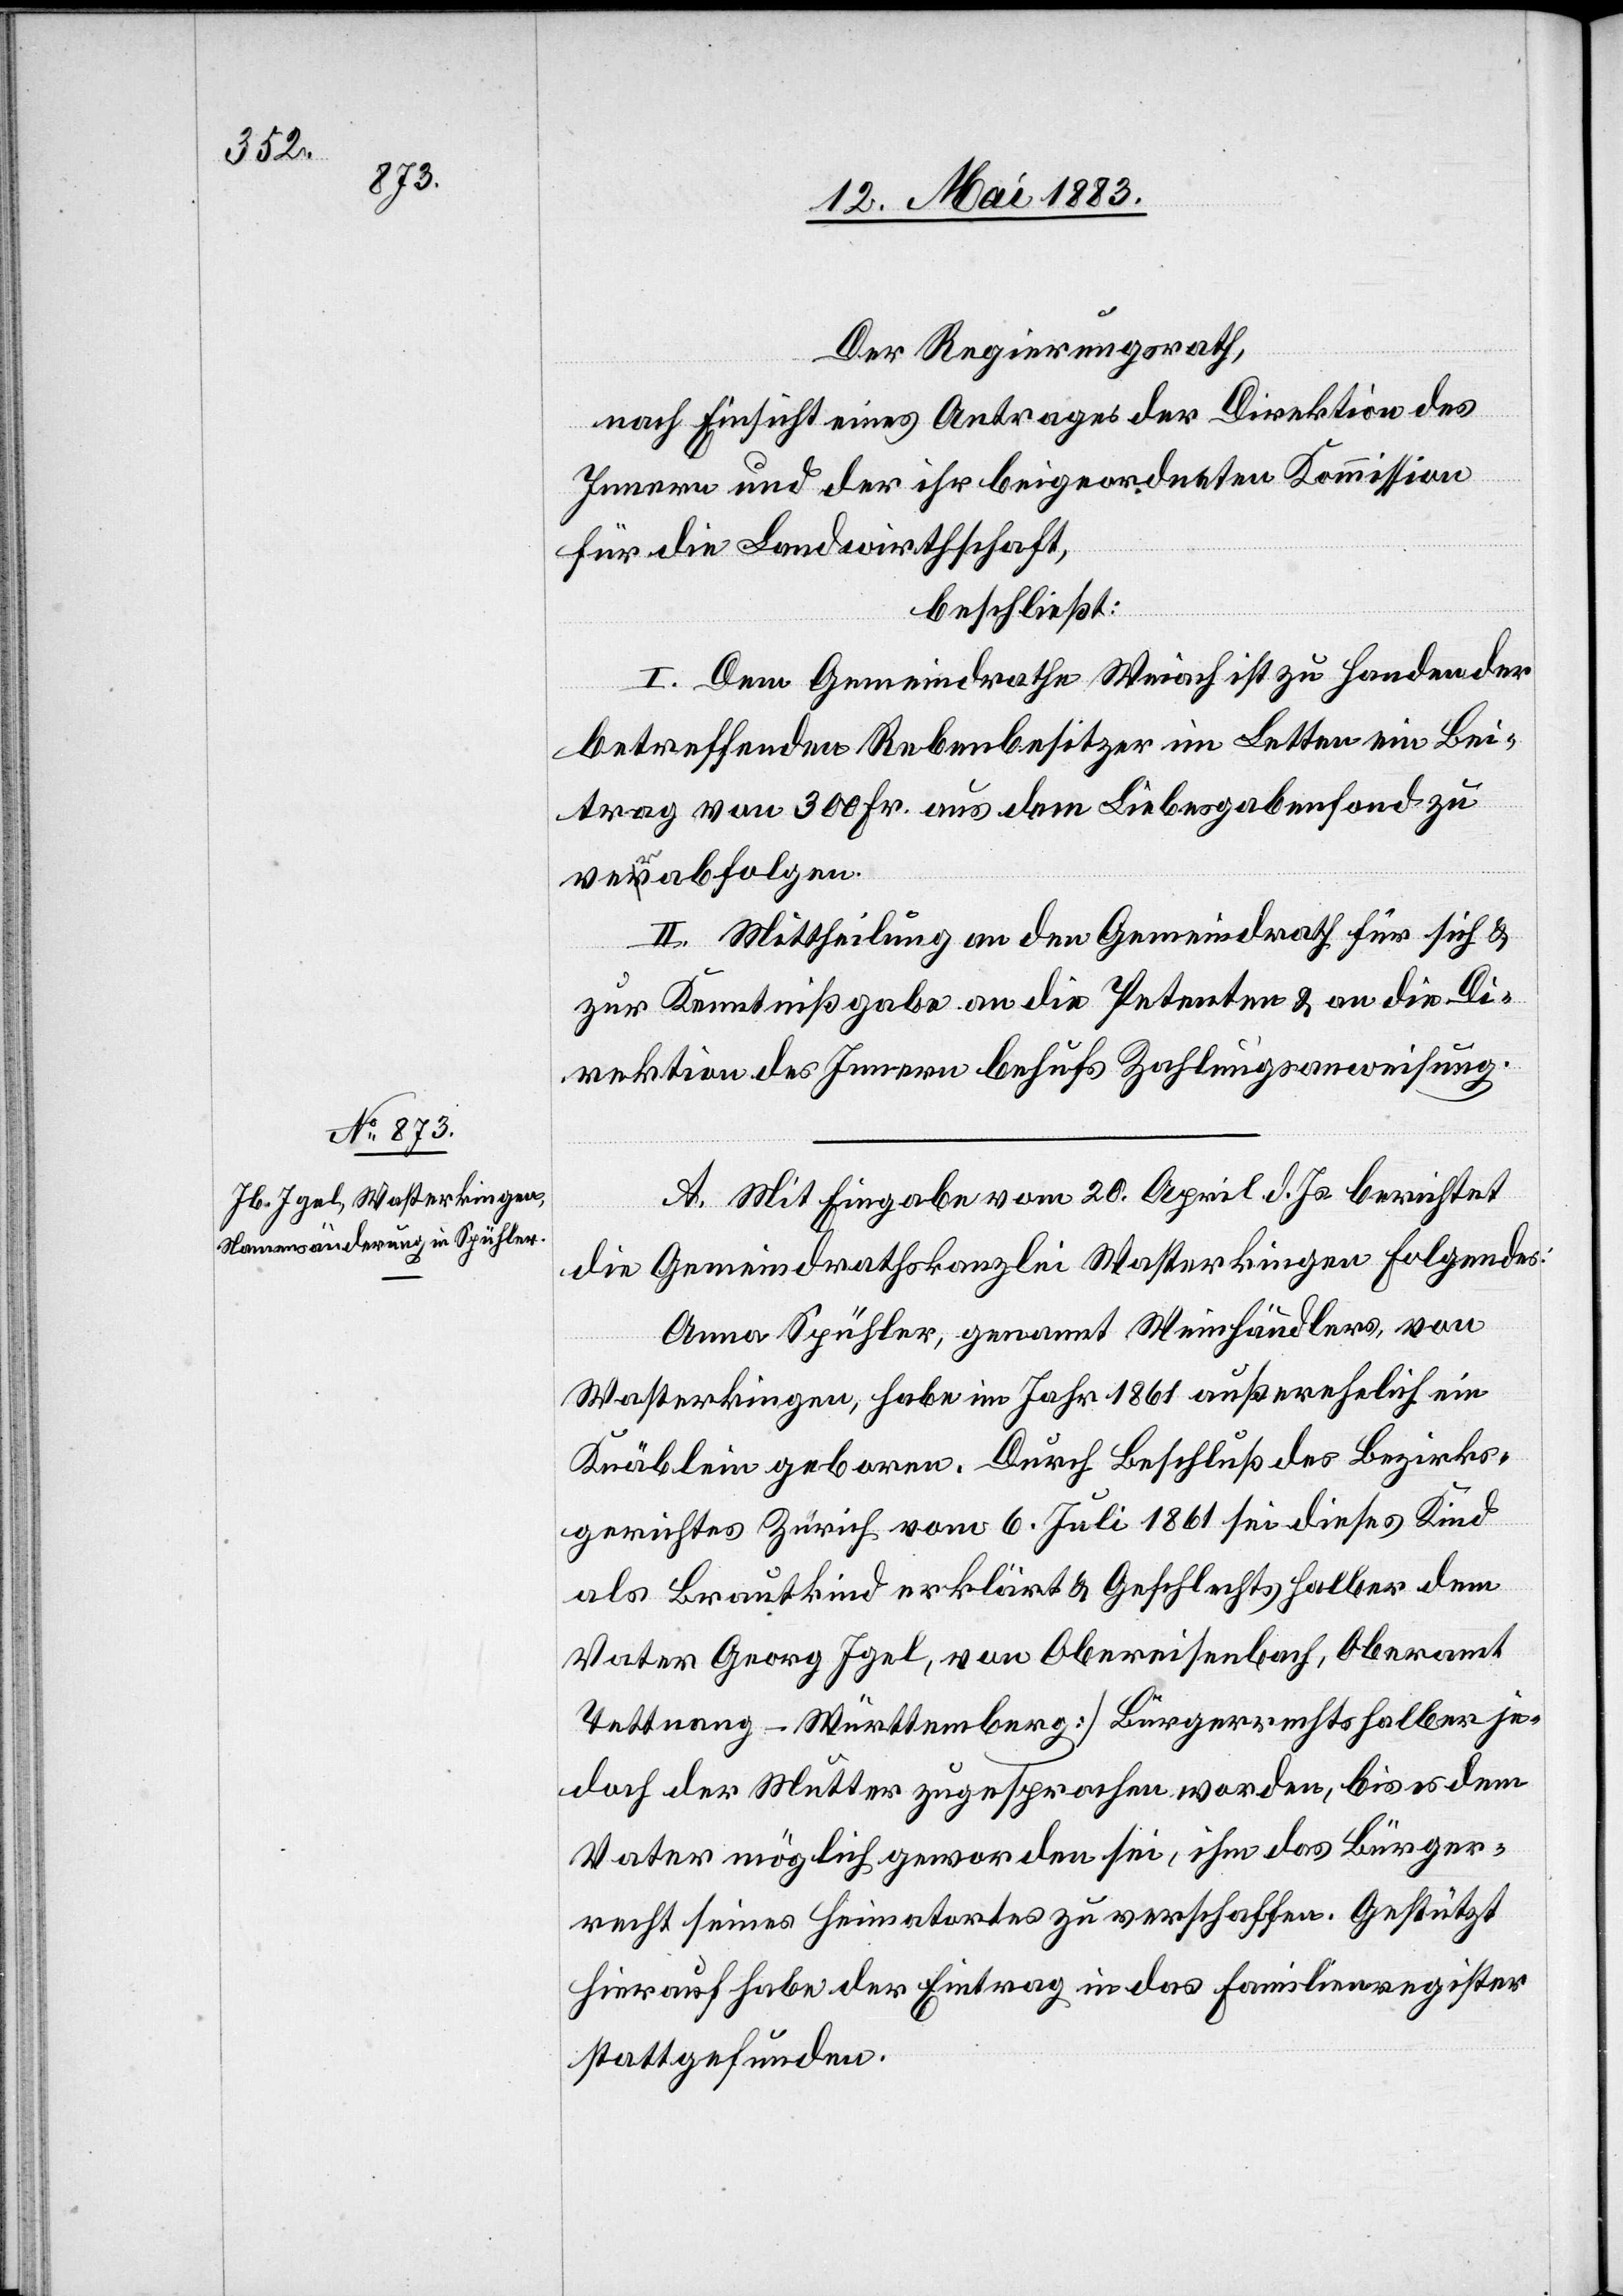
Der Regierungsrath,
nach Einsicht eines Antrages der Direktion des
Innern und der ihr beigeordneten Kommission
für die Landwirthschaft,
beschließt:
I. Dem Gemeindrathe Weiach ist zu Handen der
betreffenden Rebenbesitzer im Letten ein Bei¬
trag von 300 Fr. aus dem Liebesgabenfond zu
verabfolgen.
II. Mittheilung an den Gemeindrath für sich &
zur Kenntnißgabe an die Petenten & an die Di¬
rektion des Innern behufs Zahlungsanweisung.
A. Mit Eingabe vom 20. April d. Js. berichtet
die Gemeindrathskanzlei Wasterkingen Folgendes:
Anna Spühler, genannt Weinhändler, von
Wasterkingen, habe im Jahr 1861 außerehelich ein
Knäblein geboren. Durch Beschluß des Bezirks¬
gerichtes Zürich vom 6. Juli 1861 sei dieses Kind
als Brautkind erklärt & Geschlechtshalber dem
Vater Georg Igel, von Obereisenbach, [Oberamt
Tettnang - Württemberg] Bürgerrechtshalber je¬
doch der Mutter zugesprochen worden, bis es dem
Vater möglich geworden sei, ihm das Bürger¬
recht seines Heimatortes zu verschaffen. Gestützt
hierauf habe der Eintrag in das Familienregister
stattgefunden.